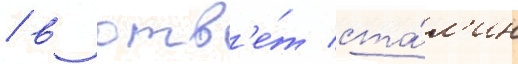
/ в отв'е́т ста́л'ин